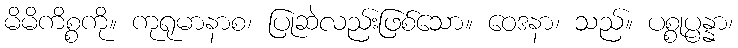
မိမိကိစ္စကို။ ကုရုမာနာစ၊ ပြုဆဲလည်းဖြစ်သော။ ဝေဒနာ၊ သည်။ ပစ္စုပ္ပန္နာ၊